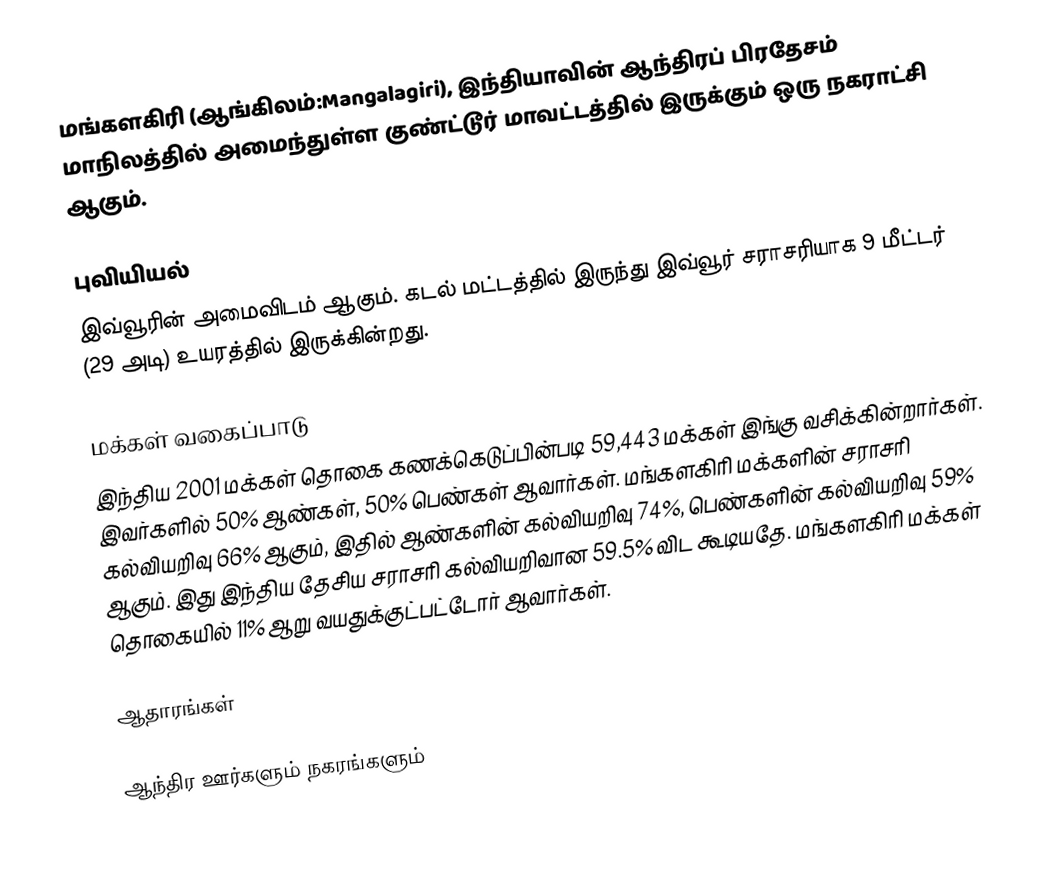
மங்களகிரி (ஆங்கிலம்:Mangalagiri), இந்தியாவின் ஆந்திரப் பிரதேசம் மாநிலத்தில் அமைந்துள்ள குண்ட்டூர் மாவட்டத்தில் இருக்கும் ஒரு நகராட்சி ஆகும்.

புவியியல்
இவ்வூரின் அமைவிடம்  ஆகும். கடல் மட்டத்தில் இருந்து இவ்வூர் சராசரியாக 9 மீட்டர் (29 அடி) உயரத்தில் இருக்கின்றது.

மக்கள் வகைப்பாடு
இந்திய 2001 மக்கள் தொகை கணக்கெடுப்பின்படி 59,443 மக்கள் இங்கு வசிக்கின்றார்கள். இவர்களில் 50% ஆண்கள், 50% பெண்கள் ஆவார்கள். மங்களகிரி மக்களின் சராசரி கல்வியறிவு 66% ஆகும்,  இதில் ஆண்களின் கல்வியறிவு 74%,  பெண்களின் கல்வியறிவு 59% ஆகும். இது இந்திய தேசிய சராசரி கல்வியறிவான 59.5% விட கூடியதே. மங்களகிரி மக்கள் தொகையில் 11%  ஆறு வயதுக்குட்பட்டோர் ஆவார்கள்.

ஆதாரங்கள்

 ஆந்திர ஊர்களும் நகரங்களும்